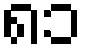
၈၁